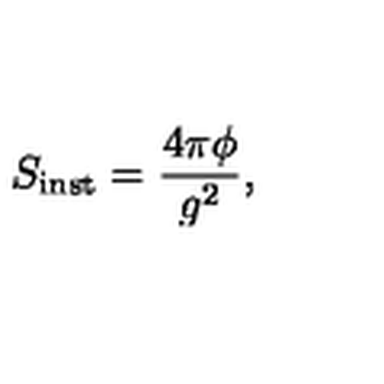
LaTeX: S _ { \mathrm { i n s t } } = \frac { 4 \pi \phi } { g ^ { 2 } } ,